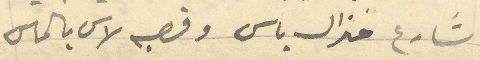
شارع جنرال باس وقصبه لاس بالماس